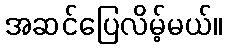
အဆင်ပြေလိမ့်မယ်။